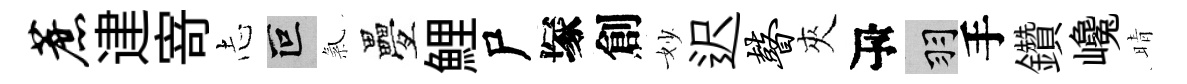
蔗䢖𭔃𢖽叵氣疊鯉尸塚創妙迟瞽夾瓴羽手鑽巉晴